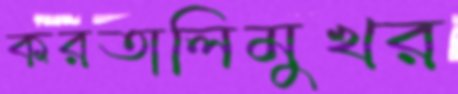
করতালিমুখর